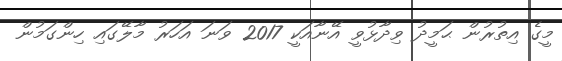
މީގެ އިތުރުން ޙަމީދު ވިދާޅުވީ އޭނާއަކީ 2017 ވަނަ އަހަރު މާލޭގައި ހިންގަމުން